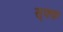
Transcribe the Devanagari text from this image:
सृक्क